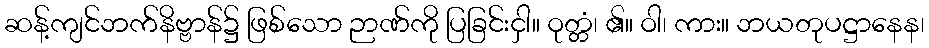
ဆန့်ကျင်ဘက်နိဗ္ဗာန်၌ ဖြစ်သော ဉာဏ်ကို ပြခြင်းငှါ။ ဝုတ္တံ၊ ၏။ ဝါ၊ ကား။ ဘယတုပဋ္ဌာနေန၊